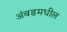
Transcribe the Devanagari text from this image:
अंबडमधील